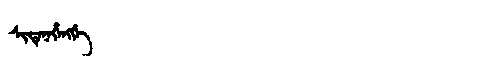
Manchu: ᠰᡳᡨᡝᠨᡝᡥᡝᠩᡤᡝ
Romanization: SITENEHENGGE